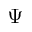
\Psi